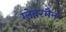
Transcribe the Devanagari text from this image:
ग्लेबरमैन